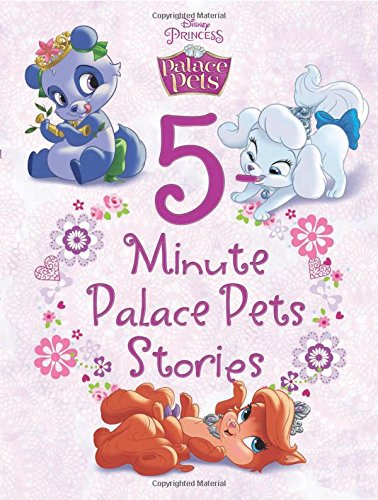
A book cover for Palace Pets 5-Minute Palace Pets Stories (5-Minute Stories); Disney Book Group; Children's Books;